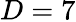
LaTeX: D=7